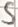
Text: S